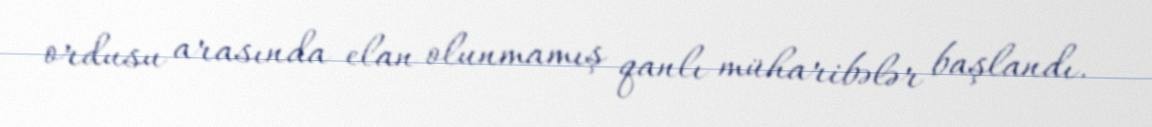
ordusu arasında elan olunmamış qanlı müharibələr başlandı.